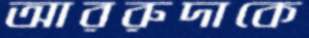
আররুদাকে